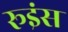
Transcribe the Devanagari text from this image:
रूइंस